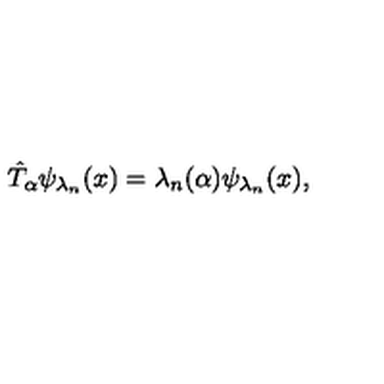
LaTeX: \hat { T } _ { \alpha } \psi _ { \lambda _ { n } } ( x ) = \lambda _ { n } ( \alpha ) \psi _ { \lambda _ { n } } ( x ) ,